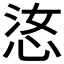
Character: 𫺋